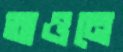
অওনে